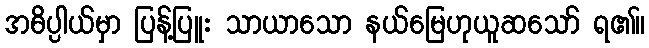
အဓိပ္ပါယ်မှာ ပြန့်ပြူး သာယာသော နယ်မြေဟုယူဆသော် ရ၏။